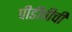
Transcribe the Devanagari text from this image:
पीडीपीची